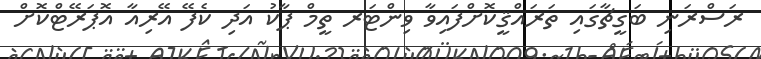
ރަސްރަނި ބަގީޗާގައި ތަރައްޤީކޮށްފައިވާ ވިންޓަރ ތީމް ޕާކު އަދި ކެފޭ އޭރިއާ އޮޕަރޭޓްކޮށް